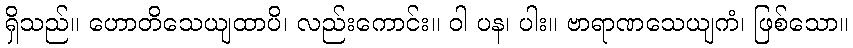
ရှိသည်။ ဟောတိသေယျထာပိ၊ လည်းကောင်း။ ဝါ ပန၊ ပါး။ ဗာရာဏသေယျကံ၊ ဖြစ်သော။